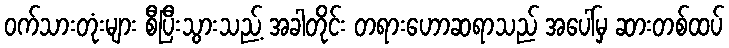
ဝက်သားတုံးများ စီပြီးသွားသည့် အခါတိုင်း တရားဟောဆရာသည် အပေါ်မှ ဆားတစ်ထပ်